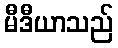
မီဒီယာသည်